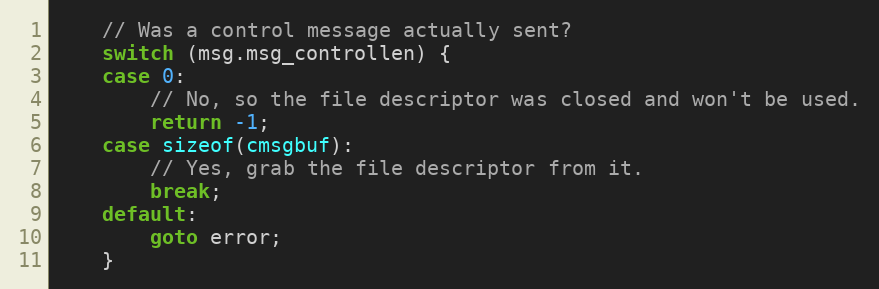
Language: C++
    // Was a control message actually sent?
    switch (msg.msg_controllen) {
    case 0:
        // No, so the file descriptor was closed and won't be used.
        return -1;
    case sizeof(cmsgbuf):
        // Yes, grab the file descriptor from it.
        break;
    default:
        goto error;
    }